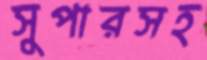
সুপারসহ